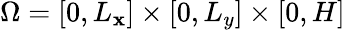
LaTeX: \Omega=[0,L_{\mathbf{x}}]\times[0,L_{y}]\times[0,H]